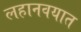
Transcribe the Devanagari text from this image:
लहानवयात